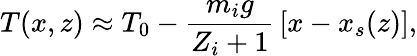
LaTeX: T(x,z)\approx T_{0}-{\frac{m_{i}g}{Z_{i}+1}}\left[x-x_{s}(z)\right],